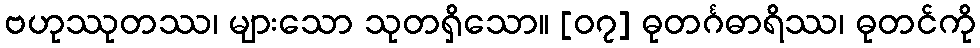
ဗဟုဿုတဿ၊ များသော သုတရှိသော။ [၀၇] ဓုတင်္ဂဓာရိဿ၊ ဓုတင်ကို